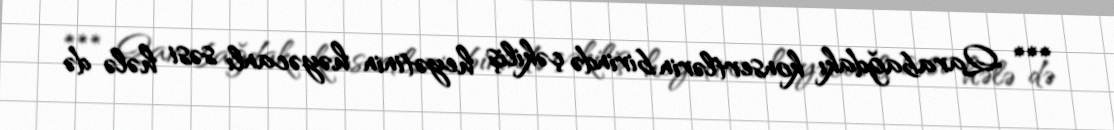
*** Qarabağdakı konsertlərin birində çəkiliş heyətinin həyəcanlı səsi hələ də